Civil Veterinary Dept. North-West Frontier Province 1901-22 - 1901-1922
Year: 1901
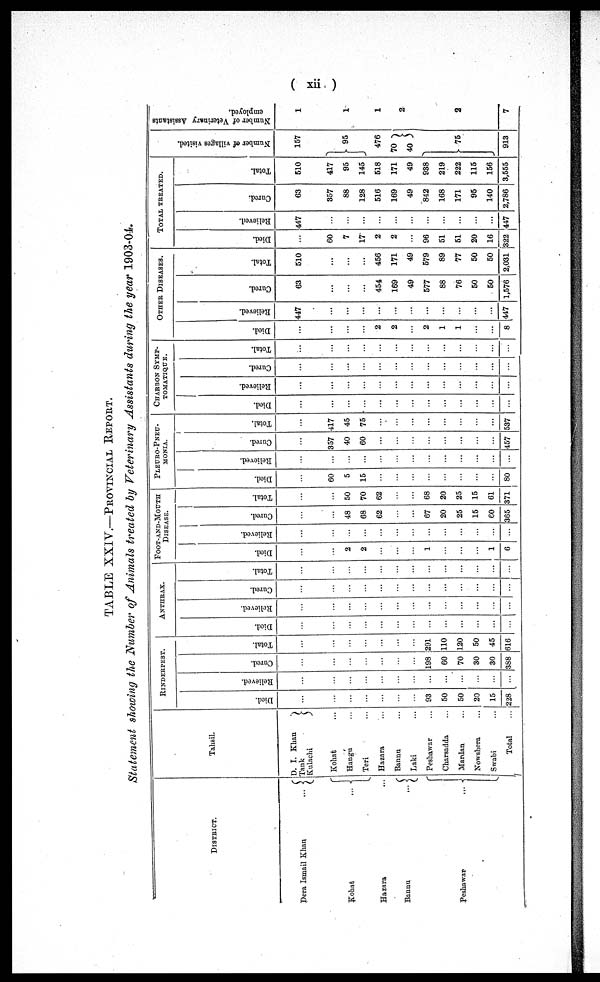
(xii)
TABLE XXIV.—PROVINCIAL REPORT.
Statement showing the Number of Animals treated by Veterinary Assistants during the year 1903-04.
DISTRICT.
Dera Ismail Khan
Kohat
Hazara
Bannu
Peshawar
...{
...{
...
...{
...{
Tahsil.
D. I. Khan
Tank
Kulachi
Kohat ...
Hangu ...
Teri ...
Hazara ...
Bannu ...
Laki ...
Peshawar ...
Charsadda ...
Mardan ...
Nowshera ...
Swabi ...
Total ...
RINDERPEST.
Died.
...
...
...
...
...
...
...
93
50
50
20
15
228
Relieved.
...
...
...
...
...
...
...
...
...
...
...
...
...
Cured.
...
...
...
...
....
...
...
198
60
70
30
30
388
Total.
...
...
...
...
...
...
...
291
110
120
50
45
616
ANTHRAX.
Died.
...
...
...
...
...
...
...
...
...
...
...
...
...
Relieved.
...
...
...
...
...
...
...
...
...
...
...
...
...
Cured.
...
...
...
...
...
...
...
...
...
...
...
...
...
Total.
...
...
...
...
...
...
...
...
...
...
...
...
...
FOOT-AND-MOUTH
DISEASE.
Died.
...
...
2
2
...
...
...
1
...
...
...
1
6
Relieved.
...
...
...
...
...
...
...
...
...
...
..
...
...
Cured.
...
...
48
68
62
...
...
67
20
25
15
60
365
Total.
...
...
50
70
62
...
...
68
20
25
15
61
371
PLEURO-PNEU-
-----.
Died.
...
60
5
15
...
...
...
...
...
...
...
...
80
Relieved.
...
...
...
...
...
...
...
...
...
...
...
...
...
Cured.
...
357
40
60
...
...
...
...
...
...
...
...
457
Total.
...
417
45
75
...
...
...
...
...
...
...
...
537
CHARBON SYMP-
---------.
Died.
...
...
...
...
...
...
...
...
...
...
...
...
...
Relieved.
...
...
...
...
...
...
...
...
...
...
...
...
...
Cured.
...
...
...
...
...
....
...
...
...
...
...
...
...
Total.
...
...
...
...
...
...
...
...
...
...
...
...
...
OTHER DISEASES.
Died.
...
...
...
...
2
2
...
2
1
1
...
...
8
Relieved.
447
...
...
...
...
...
...
...
...
...
...
...
447
Cured.
63
...
...
...
454
169
49
577
88
76
50
50
1,576
Total.
510
....
...
...
456
171
49
579
89
77
50
50
2,031
TOTAL TREATED.
Died.
60
7
17
2
2
96
51
51
20
16
322
Relieved.
447
...
...
...
...
...
...
...
...
...
...
...
447
Cured.
63
357
88
128
516
169
49
842
168
171
95
140
2,786
Total.
510
417
95
145
518
171
49
938
219
222
115
156
3,555
Nu mb e r of villages visited.
157
}95
476
70}
40
...
...
}75
...
...
913
Number of Veterinary Assistants
employed.
1
1
1
2
2
7